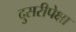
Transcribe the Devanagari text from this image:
दुसरीपेक्षा